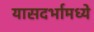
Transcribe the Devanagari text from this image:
यासदर्भामध्ये